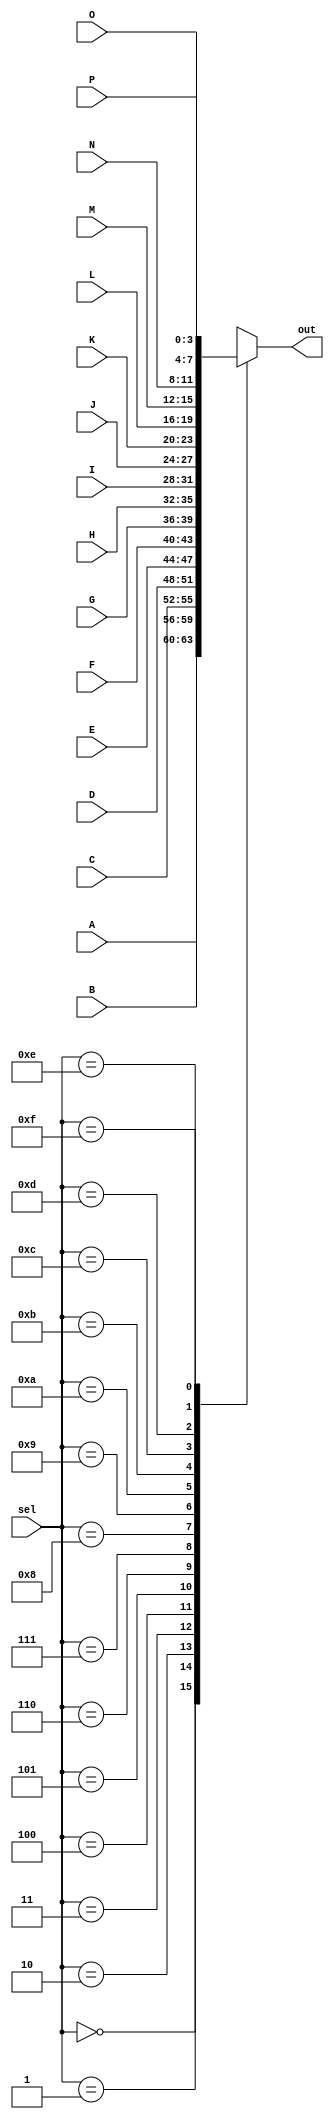
`timescale 1ns / 1ps
//////////////////////////////////////////////////////////////////////////////////
// Company: 
// Engineer: 
// 
// Design Name: 
// Module Name: Mux16to1
// Project Name: 
// Target Devices: 
// Tool Versions: 
// Description: 
// 
// Dependencies: 
// 
// Revision:
// Revision 0.01 - File Created
// Additional Comments:
// 
//////////////////////////////////////////////////////////////////////////////////


module mux16to1(
    input [3:0] A,
    input [3:0] B,
    input [3:0] C,
    input [3:0] D,
    input [3:0] E,
    input [3:0] F,
    input [3:0] G,
    input [3:0] H,
    input [3:0] I,
    input [3:0] J,
    input [3:0] K,
    input [3:0] L,
    input [3:0] M,
    input [3:0] N,
    input [3:0] O,
    input [3:0] P,
    input [3:0] sel,
    output reg [3:0] out
    );
    
always @ * begin 
 case (sel) 
  4'b0000 : out = A; 
  4'b0001 : out = B; 
  4'b0010 : out = C; 
  4'b0011 : out = D; 
  4'b0100 : out = E; 
  4'b0101 : out = F; 
  4'b0110 : out = G;  
  4'b0111 : out = H;  
  4'b1000 : out = I;  
  4'b1001 : out = J;  
  4'b1010 : out = K;  
  4'b1011 : out = L;  
  4'b1100 : out = M;   
  4'b1101 : out = N;   
  4'b1110 : out = O;   
  4'b1111 : out = P;   
 endcase 
end      
    
    
endmodule